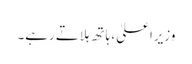
وزیراعلیٰ، ہاتھ ہلاتے رہے۔